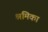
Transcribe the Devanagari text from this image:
श्रमिका